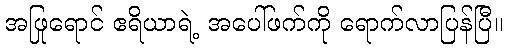
အဖြုရောင် ဧရိယာရဲ့ အပေါ်ဖက်ကို ရောက်လာပြန်ပြီ။